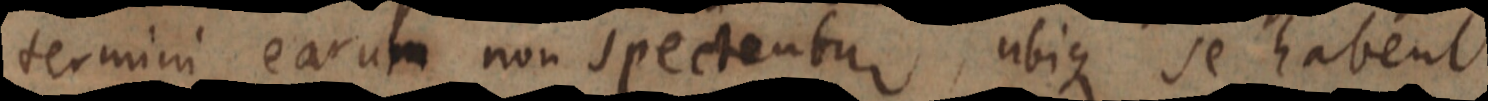
termini earum non spectentur, ubique se habent